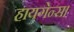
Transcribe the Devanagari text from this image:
हायगेन्स।